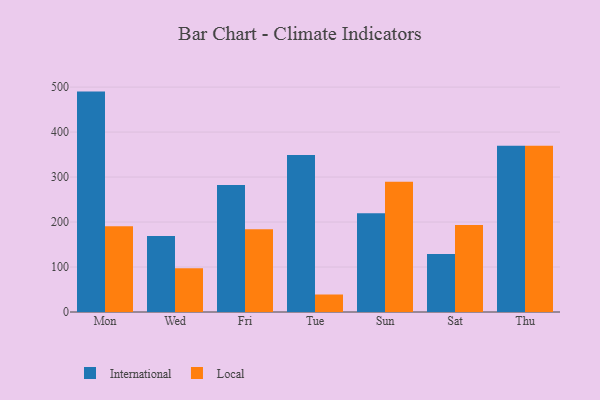
{"axis": {"x": "Day", "y": "Latency (ms)"}, "legend": ["International", "Local"], "data": [{"x": "Mon", "y": 490.0, "type": "International"}, {"x": "Mon", "y": 190.5, "type": "Local"}, {"x": "Wed", "y": 168.9, "type": "International"}, {"x": "Wed", "y": 97.5, "type": "Local"}, {"x": "Fri", "y": 282.3, "type": "International"}, {"x": "Fri", "y": 183.7, "type": "Local"}, {"x": "Tue", "y": 348.8, "type": "International"}, {"x": "Tue", "y": 38.9, "type": "Local"}, {"x": "Sun", "y": 219.4, "type": "International"}, {"x": "Sun", "y": 289.6, "type": "Local"}, {"x": "Sat", "y": 129.1, "type": "International"}, {"x": "Sat", "y": 193.6, "type": "Local"}, {"x": "Thu", "y": 369.5, "type": "International"}, {"x": "Thu", "y": 369.7, "type": "Local"}]}